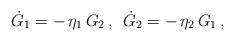
LaTeX: \begin{align*}\dot{G}_{1}=-\,\eta _{1}\,G_{2}\,,\,\,\,\dot{G}_{2}=-\,\eta _{2}\,G_{1}\,,\end{align*}